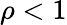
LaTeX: \rho<1